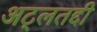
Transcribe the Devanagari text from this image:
अट्लतद्दी